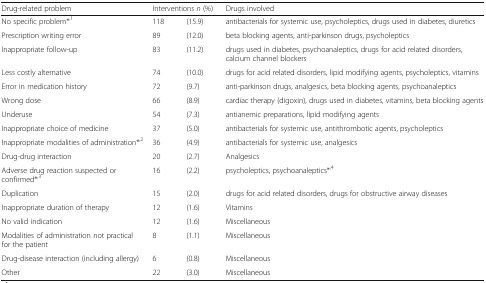
<table><thead><tr><td><b>Drug-related problem</b></td><td colspan="2"><b>Interventions <i>n</i> (%)</b></td><td><b>Drugs involved</b></td></tr></thead><tbody><tr><td>No specific problem*<sup>,1</sup></td><td>118</td><td>(15.9)</td><td>antibacterials for systemic use, psycholeptics, drugs used in diabetes, diuretics</td></tr><tr><td>Prescription writing error</td><td>89</td><td>(12.0)</td><td>beta blocking agents, anti-parkinson drugs, psycholeptics</td></tr><tr><td>Inappropriate follow-up</td><td>83</td><td>(11.2)</td><td>drugs used in diabetes, psychoanaleptics, drugs for acid related disorders, calcium channel blockers</td></tr><tr><td>Less costly alternative</td><td>74</td><td>(10.0)</td><td>drugs for acid related disorders, lipid modifying agents, psycholeptics, vitamins</td></tr><tr><td>Error in medication history</td><td>72</td><td>(9.7)</td><td>anti-parkinson drugs, analgesics, beta blocking agents, psychoanaleptics</td></tr><tr><td>Wrong dose</td><td>66</td><td>(8.9)</td><td>cardiac therapy (digoxin), drugs used in diabetes, vitamins, beta blocking agents</td></tr><tr><td>Underuse</td><td>54</td><td>(7.3)</td><td>antianemic preparations, lipid modifying agents</td></tr><tr><td>Inappropriate choice of medicine</td><td>37</td><td>(5.0)</td><td>antibacterials for systemic use, antithrombotic agents, psycholeptics</td></tr><tr><td>Inappropriate modalities of administration*<sup>,2</sup></td><td>36</td><td>(4.9)</td><td>antibacterials for systemic use, analgesics</td></tr><tr><td>Drug-drug interaction</td><td>20</td><td>(2.7)</td><td>Analgesics</td></tr><tr><td>Adverse drug reaction suspected or confirmed*<sup>,3</sup></td><td>16</td><td>(2.2)</td><td>psycholeptics, psychoanaleptics*<sup>,4</sup></td></tr><tr><td>Duplication</td><td>15</td><td>(2.0)</td><td>drugs for acid related disorders, drugs for obstructive airway diseases</td></tr><tr><td>Inappropriate duration of therapy</td><td>12</td><td>(1.6)</td><td>Vitamins</td></tr><tr><td>No valid indication</td><td>12</td><td>(1.6)</td><td>Miscellaneous</td></tr><tr><td>Modalities of administration not practical for the patient</td><td>8</td><td>(1.1)</td><td>Miscellaneous</td></tr><tr><td>Drug-disease interaction (including allergy)</td><td>6</td><td>(0.8)</td><td>Miscellaneous</td></tr><tr><td>Other</td><td>22</td><td>(3.0)</td><td>Miscellaneous</td></tr></tbody></table>